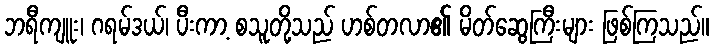
ဘရီကျူး၊ ဂရမ်ဒယ်၊ ပီးကာ့ စသူတို့သည် ဟစ်တလာ၏ မိတ်ဆွေကြီးများ ဖြစ်ကြသည်။